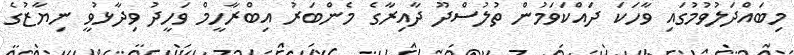
މިބައްދަލުވުމުގައި ވާހަކަ ދައްކަވަމުން ތުލުސްދޫ ދާއިރާގެ މެންބަރު އިބްރާހީމް ވަހީދު ވިދާޅުވީ ނިޔާޒުގެ